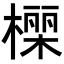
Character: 𭫾